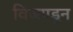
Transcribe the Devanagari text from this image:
विजपडून